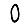
Digit: 0